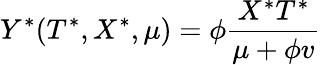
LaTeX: Y^{\ast}(T^{\ast},X^{\ast},\mu)=\phi\frac{X^{\ast}T^{\ast}}{\mu+\phi v}